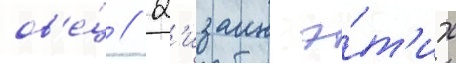
ов'е́ц // Д'изаин э́т'их